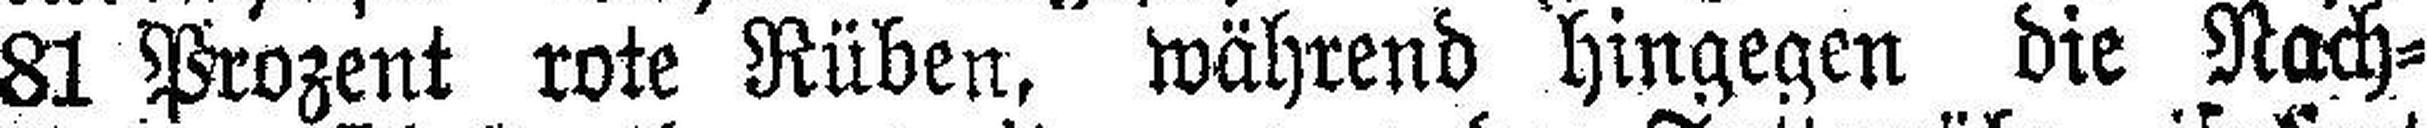
81 Prozent rote Rüben, während hingegen die Nach¬